Annual report of the Central Committee of the Association together with the report of the directors of the Pasteur Institute at Kasauli
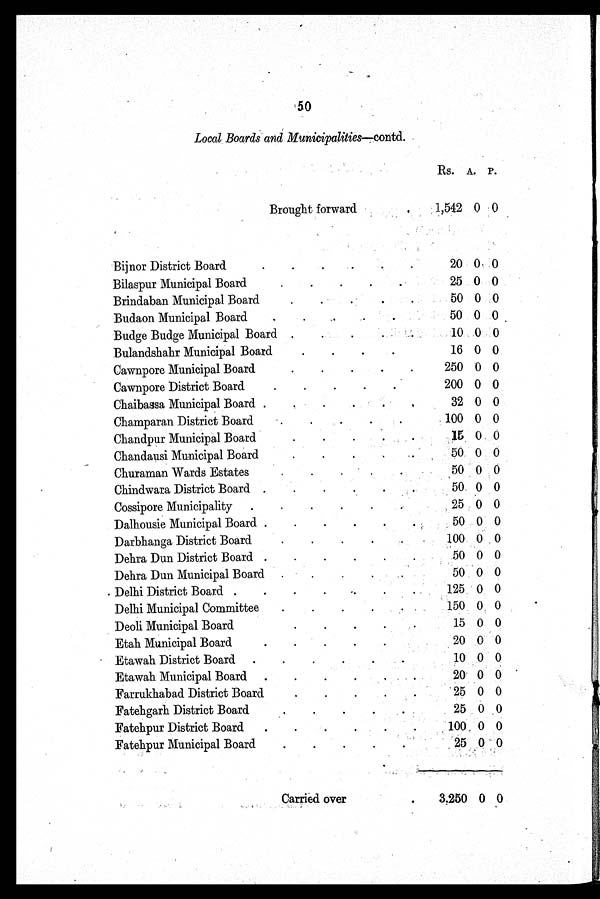
50
Local Boards and Municipalities—contd.
Rs. A. P.
Brought forward
1,542 0 0
Bijnor District Board
20 0
0
Bilaspur Municipal Board
25 0 0
Brindaban Municipal Board
50 0 0
Budaon Municipal Board
50 0 0
Budge Budge Municipal Board
10 0 0
Bulandshahr Municipal Board
16 0 0
Cawnpore Municipal Board
250 0 0
Cawnpore District Board
200 0 0
Chaibassa Municipal Board
32 0 0
Champaran District Board
100 0 0
Chandpur Municipal Board
15 0. 0
Chandausi Municipal Board
50 0 0
Churaman Wards Estates
50 0 0
Chindwara District Board
50 0 0
Cossipore Municipality
25 0 0
Dalhousie Municipal Board
50 0 0
Darbhanga District Board
100 0 0
Dehra Dun District Board
50 0 0
Dehra Dun Municipal Board
50 0 0
Delhi District Board
125 0 0
Delhi Municipal Committee
150 0 0
Deoli Municipal Board
15 0 0
Etah Municipal Board
20 0 0
Etawah District Board
10 0 0
Etawah Municipal Board
20 0 0
Farrukhabad District Board
25 0 0
Fatehgarh District Board
25 0 0
Fatehpur District Board
100 0 0
Fatehpur Municipal Board
25
0 0
Carried over
3.250 0 0